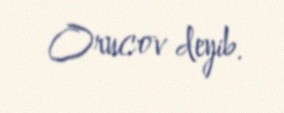
Orucov deyib.